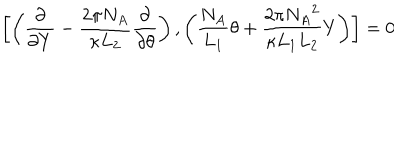
LaTeX: \left[ \left( \frac { \partial } { \partial Y } - \frac { 2 \pi N _ { A } } { \kappa L _ { 2 } } \frac { \partial } { \partial \theta } \right) , \left( \frac { N _ { A } } { L _ { 1 } } \theta + \frac { 2 \pi { N _ { A } } ^ { 2 } } { \kappa L _ { 1 } L _ { 2 } } Y \right) \right] = 0